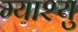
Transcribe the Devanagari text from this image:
म्याश्यु